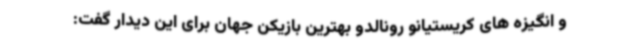
و انگیزه های کریستیانو رونالدو بهترین بازیکن جهان برای این دیدار گفت: